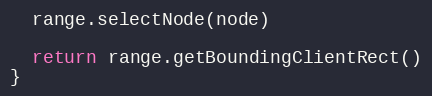
Language: JavaScript
  range.selectNode(node)

  return range.getBoundingClientRect()
}